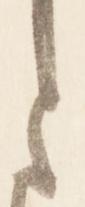
と